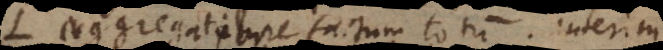
L aggregatione factum totum. Interim